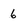
Character: 6